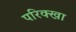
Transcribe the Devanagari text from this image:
परिक्खा